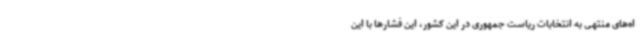
اه‌های منتهی به انتخابات ریاست جمهوری در این کشور، این فشارها با این